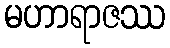
မဟာရာဇဿ